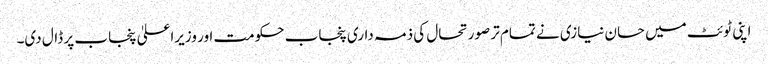
اپنی ٹوئٹ میں حسان نیازی نے تمام تر صورتحال کی ذمہ داری پنجاب حکومت اور وزیراعلیٰ پنجاب پر ڈال دی۔